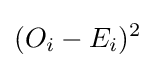
(O_{i}-E_{i})^{2}